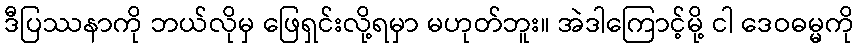
ဒီပြဿနာကို ဘယ်လိုမှ ဖြေရှင်းလို့ရမှာ မဟုတ်ဘူး။ အဲဒါကြောင့်မို့ ငါ ဒေဝဓမ္မကို